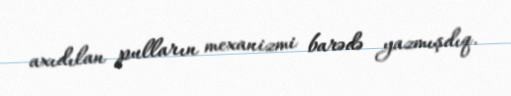
axıdılan pulların mexanizmi barədə yazmışdıq.